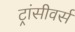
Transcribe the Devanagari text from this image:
ट्रांसीवर्स